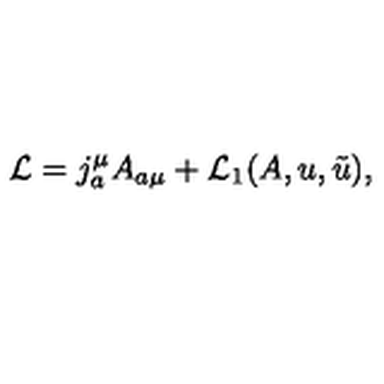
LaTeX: { \cal L } = j _ { a } ^ { \mu } A _ { a \mu } + { \cal L } _ { 1 } ( A , u , \tilde { u } ) ,